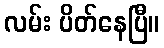
လမ်း ပိတ်နေပြီ။